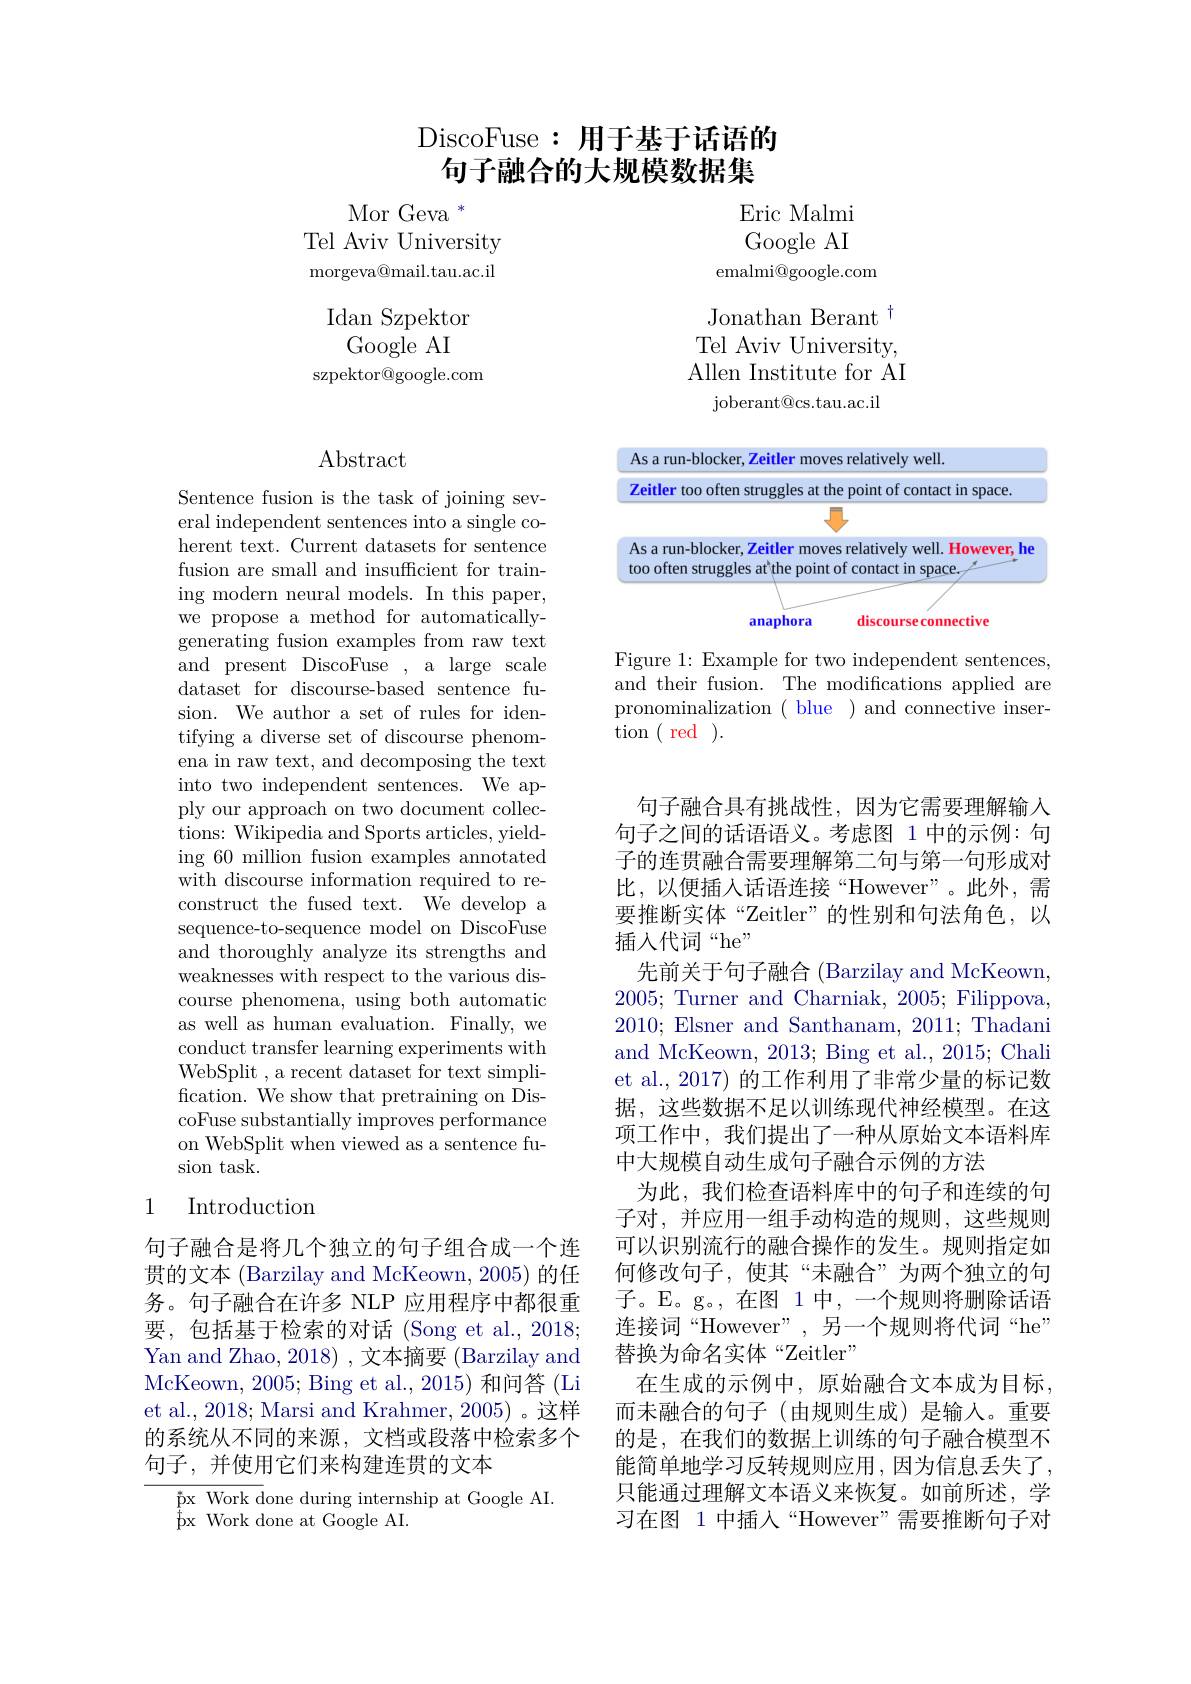
# DiscoFuse :用于基于话语的句子融合的大规模数据集

$\mathrm{Mor~Geva~}^{*}$
Tel Aviv University ${\mathrm{morgeva@mail.tau.ac.il}}$

Idan Szpektor
Google AI
szpektor@google.com

## $\operatorname{Abstract}$

Sentence fusion is the task of joining several independent sentences into a single coherent text. Current datasets for sentence fusion are small and insufficient for training modern neural models. In this paper, we propose a method for automaticallygenerating fusion examples from raw text and present DiscoFuse , a large scale dataset for discourse-based sentence fusion. We author a set of rules for identifying a diverse set of discourse phenomena in raw text, and decomposing the text into two independent sentences. We apply our approach on two document collections: Wikipedia and Sports articles, yielding 60 million fusion examples annotated with discourse information required to reconstruct the fused text. We develop a sequence-to-sequence model on DiscoFuse and thoroughly analyze its strengths and weaknesses with respect to the various discourse phenomena, using both automatic as well as human evaluation. Finally, we conduct transfer learning experiments with WebSplit , a recent dataset for text simplification. We show that pretraining on DiscoFuse substantially improves performance on WebSplit when viewed as a sentence fusion task.

# 1 Introduction

句子融合是将几个独立的句子组合成一个连贯的文本 (Barzilay and McKeown, 2005) 的任务。句子融合在许多 NLP 应用程序中都很重要，包括基于检索的对话(Song et al.,2018; Yan and Zhao, 2018) , 文本摘要 (Barzilay and McKeown, 2005; Bing et al., 2015) 和问答 (Li et al., 2018; Marsi and Krahmer, 2005) 。这样的系统从不同的来源，文档或段落中检索多个句子，并使用它们来构建连贯的文本

$\stackrel{*}{\text{px Work done during internship at Google AI.}}$
${\hat{\mathrm{p}}}$x Work done at Google AI.

Eric Malmi Google AI
emalmi@google.com

Jonathan Berant $^{\dagger}$ Tel Aviv University, Allen Institute for AI
${\mathrm{joberant@cs.tau.ac.il}}$

<FigureHere>

Figure 1: Example for two independent sentences, and their fusion. The modifications applied are pronominalization ( blue ) and connective insertion ( red ).

句子融合具有挑战性，因为它需要理解输入句子之间的话语语义。考虑图 1 中的示例：句子的连贯融合需要理解第二句与第一句形成对比，以便插人话语连接“However”。此外，需要推断实体“Zeitler”的性别和句法角色，以插入代词“he”
先前关于句子融合 (Barzilay and McKeown, 2005; Turner and Charniak, 2005; Filippova. 2010; Elsner and Santhanam, 2011; Thadani and McKeown, 2013; Bing et al., 2015; Chali et al., 2017) 的工作利用了非常少量的标记数据，这些数据不足以训练现代神经模型。在这项工作中，我们提出了一种从原始文本语料库中大规模自动生成句子融合示例的方法
为此，我们检查语料库中的句子和连续的句子对，并应用一组手动构造的规则，这些规则可以识别流行的融合操作的发生。规则指定如何修改句子，使其“未融合”为两个独立的句子。E。g。,在图 1 中，一个规则将删除话语连接词“However”,另一个规则将代词“he” 替换为命名实体“Zeitler”
在生成的示例中，原始融合文本成为目标， 而未融合的句子(由规则生成)是输入。重要的是，在我们的数据上训练的句子融合模型不能简单地学习反转规则应用，因为信息丢失了， 只能通过理解文本语义来恢复。如前所述，学习在图 1 中插入“However”需要推断句子对